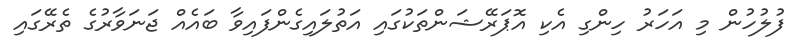
ފުލުހުން މި އަހަރު ހިންގި އެކި އޮޕަރޭޝަންތަކުގައި އަތުލައިގެންފައިވާ ބައެއް ޖަނަވާރުގެ ތެރޭގައި